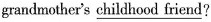
grandmother's \underline{childhood friend}?